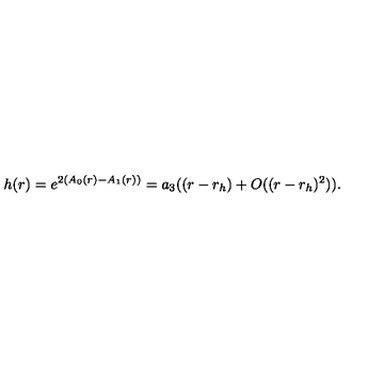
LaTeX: h ( r ) = e ^ { 2 ( A _ { 0 } ( r ) - A _ { 1 } ( r ) ) } = a _ { 3 } ( ( r - r _ { h } ) + O ( ( r - r _ { h } ) ^ { 2 } ) ) .